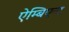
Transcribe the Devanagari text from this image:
ऐम्बिएन्ट